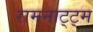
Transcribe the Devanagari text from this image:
रामनाट्ट्म